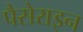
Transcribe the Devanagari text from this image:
पैसेराइन